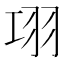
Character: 𦏼